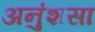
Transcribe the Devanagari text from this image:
अनुंशसा